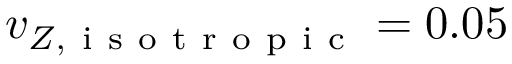
v _ { Z , \mathrm { ~ i ~ s ~ o ~ t ~ r ~ o ~ p ~ i ~ c ~ } } = 0 . 0 5